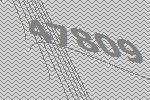
47809